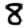
Digit: 8